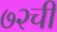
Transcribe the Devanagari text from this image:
७२ची